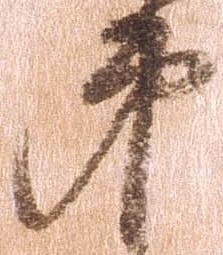
第